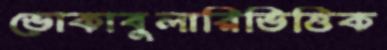
ভোকাবুলারিভিত্তিক